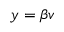
y = \beta v